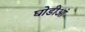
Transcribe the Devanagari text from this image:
घोडीआं